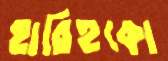
হারিহুকো